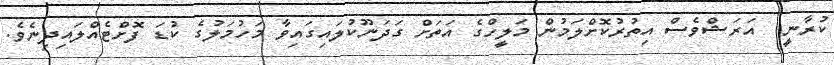
ކުރާނީ  އަރަޝްވެސް އިތުރުކޮށްލަމުން މަލީހްގެ އަތަށް ގަދަނޫކުލައިގައިވާ މަހުމަލުގެ ކުޑަ ފޮށްޓެއްލައިދިނެވެ.